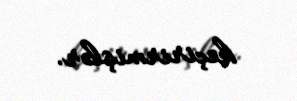
keçirirmişlər.